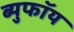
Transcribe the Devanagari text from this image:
ब्युफॉय